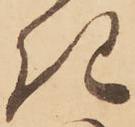
き